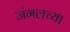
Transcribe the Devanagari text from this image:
जंगलच्या